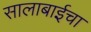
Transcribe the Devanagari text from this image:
सालाबाईचा